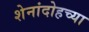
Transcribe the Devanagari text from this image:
शेनांदोहच्या